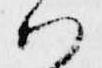
ハ